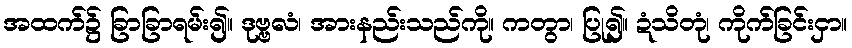
အထက်၌ ခြာခြာရမ်း၍။ ဒုဗ္ဗလံ၊ အားနည်းသည်ကို။ ကတွာ၊ ပြု၍။ ဍံသိတုံ၊ ကိုက်ခြင်းငှာ။